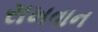
રાખવાન